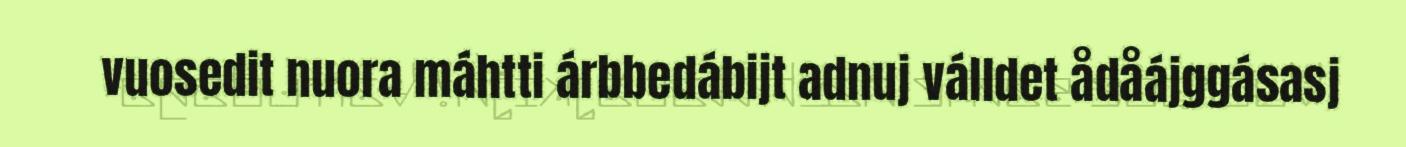
vuosedit nuora máhtti árbbedábijt adnuj válldet ådåájggásasj